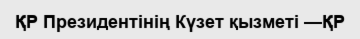
ҚР Президентінің Күзет қызметі —ҚР